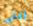
ريني